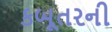
કબૂતરની